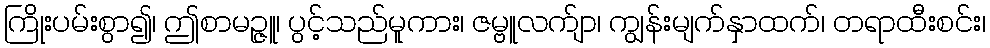
ကြိုးပမ်းစွာ၍၊ ဤစာမဉ္ဇူ၊ ပွင့်သည်မူကား၊ ဇမ္ဗူလက်ျာ၊ ကျွန်းမျက်နှာထက်၊ တရာထီးစင်း၊